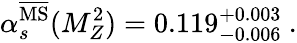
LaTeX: {\alpha}_{s}^{{\overline{{\mathrm{MS}}}}}(M_{Z}^{2})=0.119_{-0.006}^{+0.003}\ .